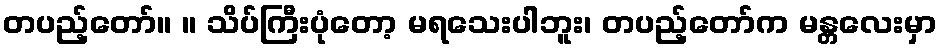
တပည့်တော်။ ။ သိပ်ကြီးပုံတော့ မရသေးပါဘူး၊ တပည့်တော်က မန္တလေးမှာ